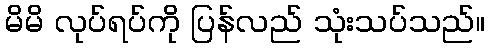
မိမိ လုပ်ရပ်ကို ပြန်လည် သုံးသပ်သည်။